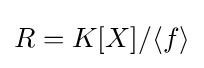
R=K[X]/\langle f\rangle